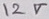
Text: 12V